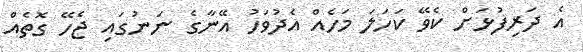
އެ ދަރިފުޅަށް ކެވޭ ކަހަލަ މަހެއް އެދުވަހު އޭނާގެ ނަނުގައި ޖެހޭ ގޮތެއް